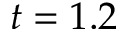
t = 1 . 2